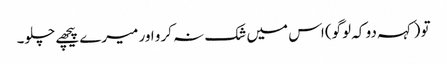
تو (کہہ دو کہ لوگو) اس میں شک نہ کرو اور میرے پیچھے چلو۔